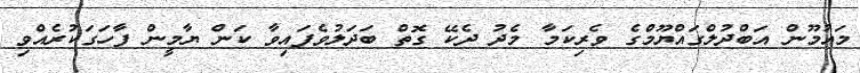
މައުމޫން އަބްދުލްގައްޔޫމްގެ ވެރިކަމާ މެދު ދެކޭ ގޮތް ބަދަލުވެފައިވާ ކަން ޔާމީން ފާހަގަކުރެއްވި